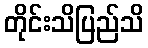
တိုင်းသိပြည်သိ